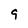
Character: 9